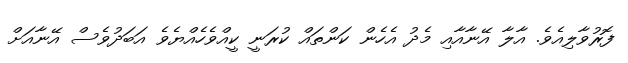
ފޮރުވާލިއެވެ. އާލާ އޭނާއާއި މެދު އެހެން ކަންތައް ކުރަނީ ކީއްވެހެއްޔެވެ އަބަދުވެސް އޭނާއަށް